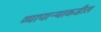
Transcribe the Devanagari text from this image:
व्यापाऱ्याकडील